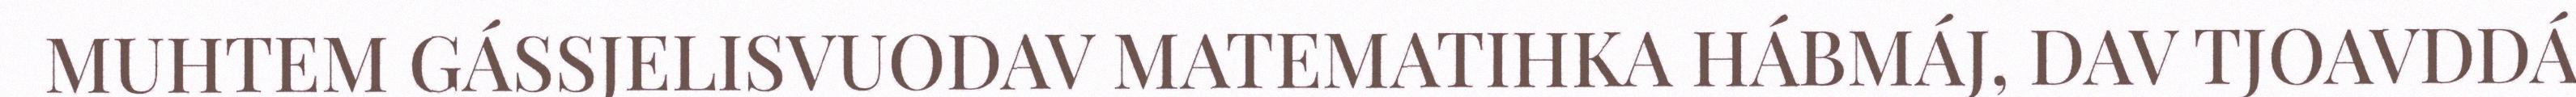
MUHTEM GÁSSJELISVUODAV MATEMATIHKA HÁBMÁJ, DAV TJOAVDDÁ